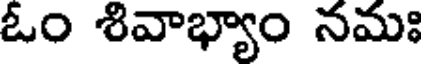
ఓం శివాభ్యాం నమః